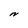
Character: N